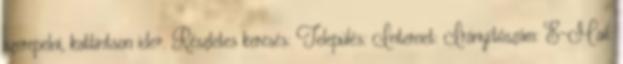
szerepelni, kattintson ide». Részletes keresés: Település: Internet: Irányítószám: E-Mail: